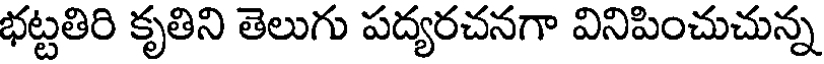
భట్టతిరి కృతిని తెలుగు పద్యరచనగా వినిపించుచున్న